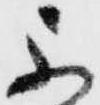
不